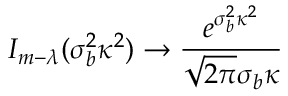
I _ { m - \lambda } ( \sigma _ { b } ^ { 2 } \kappa ^ { 2 } ) \rightarrow \frac { e ^ { \sigma _ { b } ^ { 2 } \kappa ^ { 2 } } } { \sqrt { 2 \pi } \sigma _ { b } \kappa }